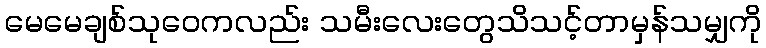
မေမေချစ်သုဝေကလည်း သမီးလေးတွေသိသင့်တာမှန်သမျှကို